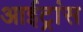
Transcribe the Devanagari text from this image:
आईट्रांस